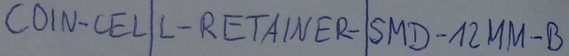
Text: COIN-CELL-RETAINER-SMD-12MM-B